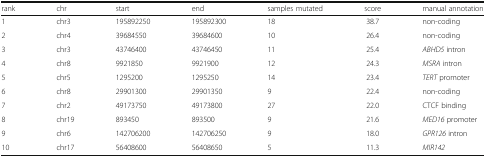
| rank | chr | start | end | samples mutated | score | manual annotation |
 | --- | --- | --- | --- | --- | --- | --- |
 | 1 | chr3 | 195892250 | 195892300 | 18 | 38.7 | non-coding |
 | 2 | chr4 | 39684550 | 39684600 | 10 | 26.4 | non-coding |
 | 3 | chr3 | 43746400 | 43746450 | 11 | 25.4 | ABHD5 intron |
 | 4 | chr8 | 9921850 | 9921900 | 12 | 24.3 | MSRA intron |
 | 5 | chr5 | 1295200 | 1295250 | 14 | 23.4 | TERT promoter |
 | 6 | chr8 | 29901300 | 29901350 | 9 | 22.4 | non-coding |
 | 7 | chr2 | 49173750 | 49173800 | 27 | 22.0 | CTCF binding |
 | 8 | chr19 | 893450 | 893500 | 9 | 21.6 | MED16 promoter |
 | 9 | chr6 | 142706200 | 142706250 | 9 | 18.0 | GPR126 intron |
 | 10 | chr17 | 56408600 | 56408650 | 5 | 11.3 | MIR142 |